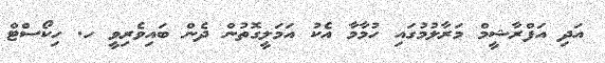
އަދި އަފްރާޝީމް މަރާލުމުގައި ހުމާމާ އެކު އަމަލީގޮތުން ދެން ބައިވެރިވީ ހ. ހިކޯސްޓް